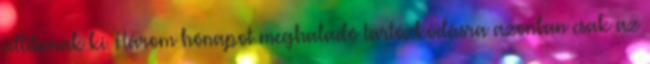
állítanak ki. Három hónapot meghaladó tartózkodásra azonban csak az